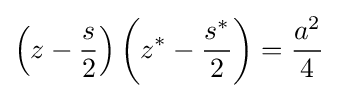
\left(z-{\frac {s}{2}}\right)\left(z^{*}-{\frac {s^{*}}{2}}\right)={\frac {a^{2}}{4}}